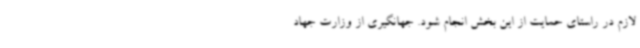
لازم در راستای حمایت از این بخش انجام شود. جهانگیری از وزارت جهاد